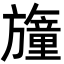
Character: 𣄢